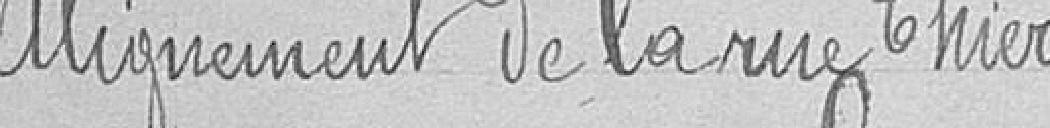
Alignement de la rue Thiers,